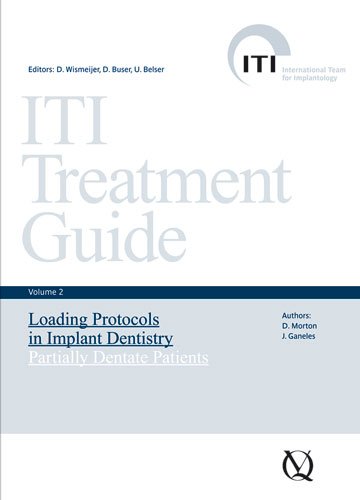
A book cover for ITI Treatment Guide, Volume 2: Loading Protocols in Implant Dentistry-Partially Dentate Patients (ITI Treatment Guides); D. Morton; Medical Books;